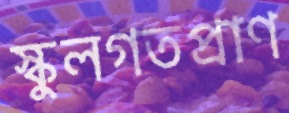
স্কুলগতপ্রাণ